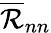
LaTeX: \textstyle{\overline{{\mathcal{R}}}}_{nn}